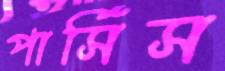
পার্সিস